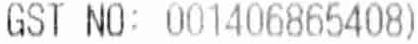
GST NO: 001406865408)